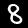
Label: 8